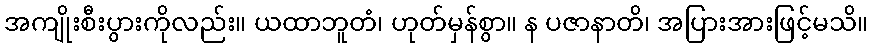
အကျိုးစီးပွားကိုလည်း။ ယထာဘူတံ၊ ဟုတ်မှန်စွာ။ န ပဇာနာတိ၊ အပြားအားဖြင့်မသိ။